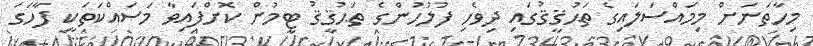
މިހާތަނަށް މިމައްސަލައިގެ ތަޙުޤީޤުގައި ދިވެހި ފުލުހުންގެ ތަޙުޤީޤު ޓީމުން ކޮށްފައިވާ މަސައްކަތަކީ ފާހަގަ